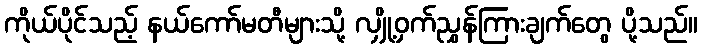
ကိုယ်ပိုင်သည့် နယ်ကော်မတီများသို့ လျှို့ဝှက်ညွှန်ကြားချက်တွေ ပို့သည်။